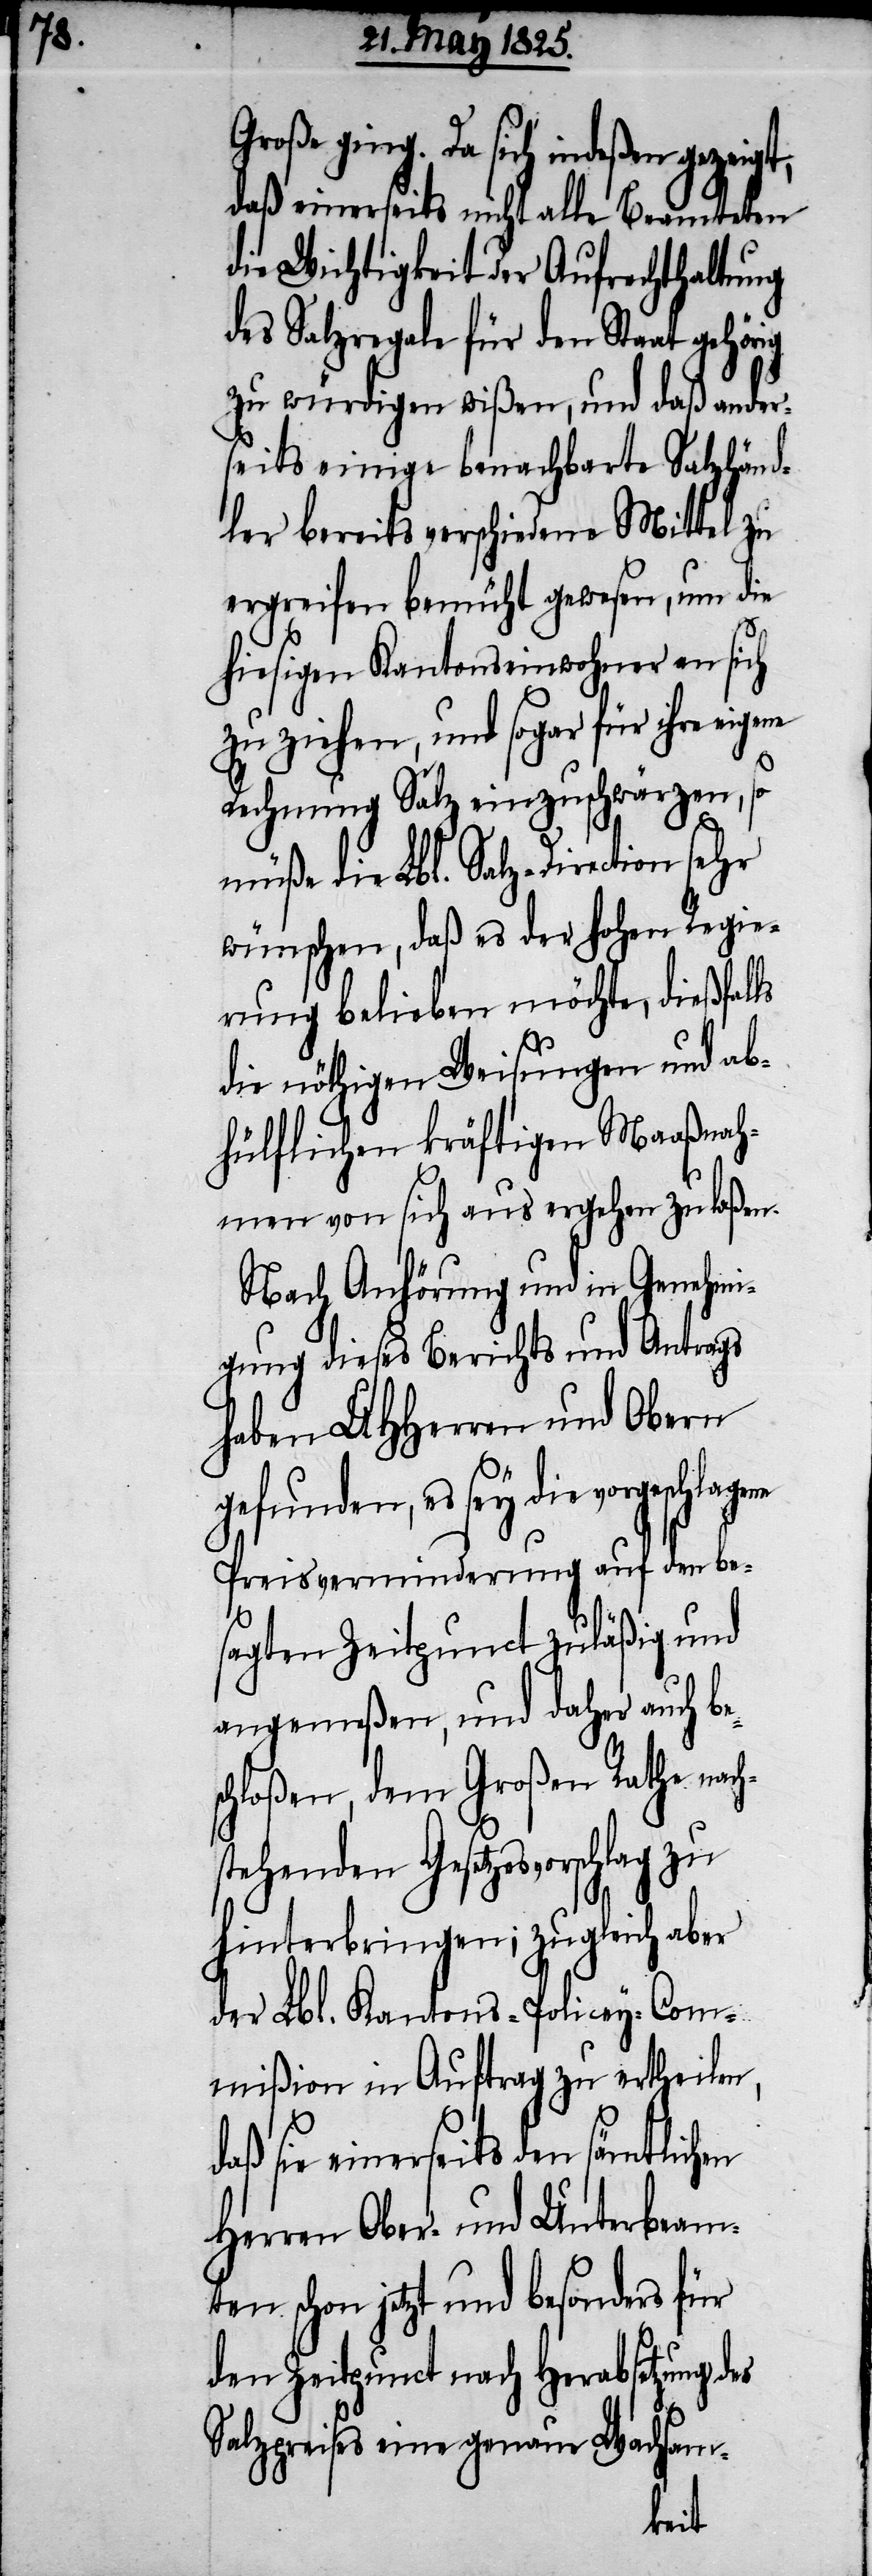
s¬

Große ging. Da sich indeßen gezeigt,
daß einerseits nicht alle Beamteten
die Wichtigkeit der Aufrechterhaltung
des Salzregale für den Staat gehörig
zu würdigen wißen, und daß ander¬
seits einige benachbarte Salzhänd¬
ler bereits verschiedene Mittel zu
ergreifen bemüht gewesen, um die
hiesigen Kantonseinwohner an sich
zu ziehen, und sogar für ihre eigene
Rechnung Salz einzuschwärzen, so
müße die Lbl. Salz-Direction sehr
wünschen, daß es der hohen Regie¬
rung belieben möchte, dießfalls
die nöthigen Weisungen und ab¬
hülflichen kräftigen Maaßnah¬
men von sich aus ergehen zu laßen.
Nach Anhörung und in Genehmi¬
gung dieses Berichts und Antrags
haben UHHerren und Obern
gefunden, es sey die vorgeschlag¬
Preisverminderung auf den bes¬
agten Zeitpunkt zuläßig und
angemeßen, und daher auch be¬
chloßen, dem Großen Rathe nach¬
stehenden Gesetzesvorschlag
hinterbringen; zugleich aber
der Lbl. Kantons-Policey-Com¬
mißion in Auftrag zu ertheilen,
sie einerseits den sämtlichen
Herren Ober- und Unterbeam¬
ten schon jetzt und besonders für
den Zeitpunct nach Herabsetzung
Salzpreises eine genaue Wachsam-
ene